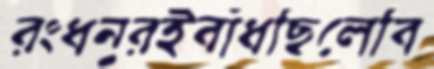
রংধনুরইবাঁধছিলেবি